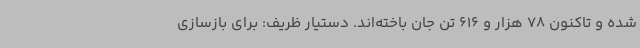
شده و تاکنون 78 هزار و 616 تن جان باخته‌اند. دستیار ظریف: برای بازسازی